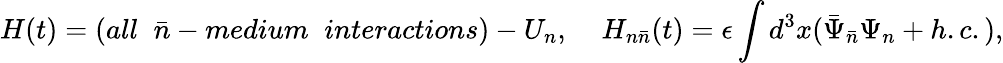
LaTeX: H(t)=(all\; \; \bar{n}-medium\; \; interactions)-U_{n},\; \; \; \; H_{n\bar{n}}(t)=\epsilon\int d^{3}x(\bar{\Psi}_{\bar{n}}\Psi_{n}+h.c.),